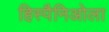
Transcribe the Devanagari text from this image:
हिस्पैनिओला